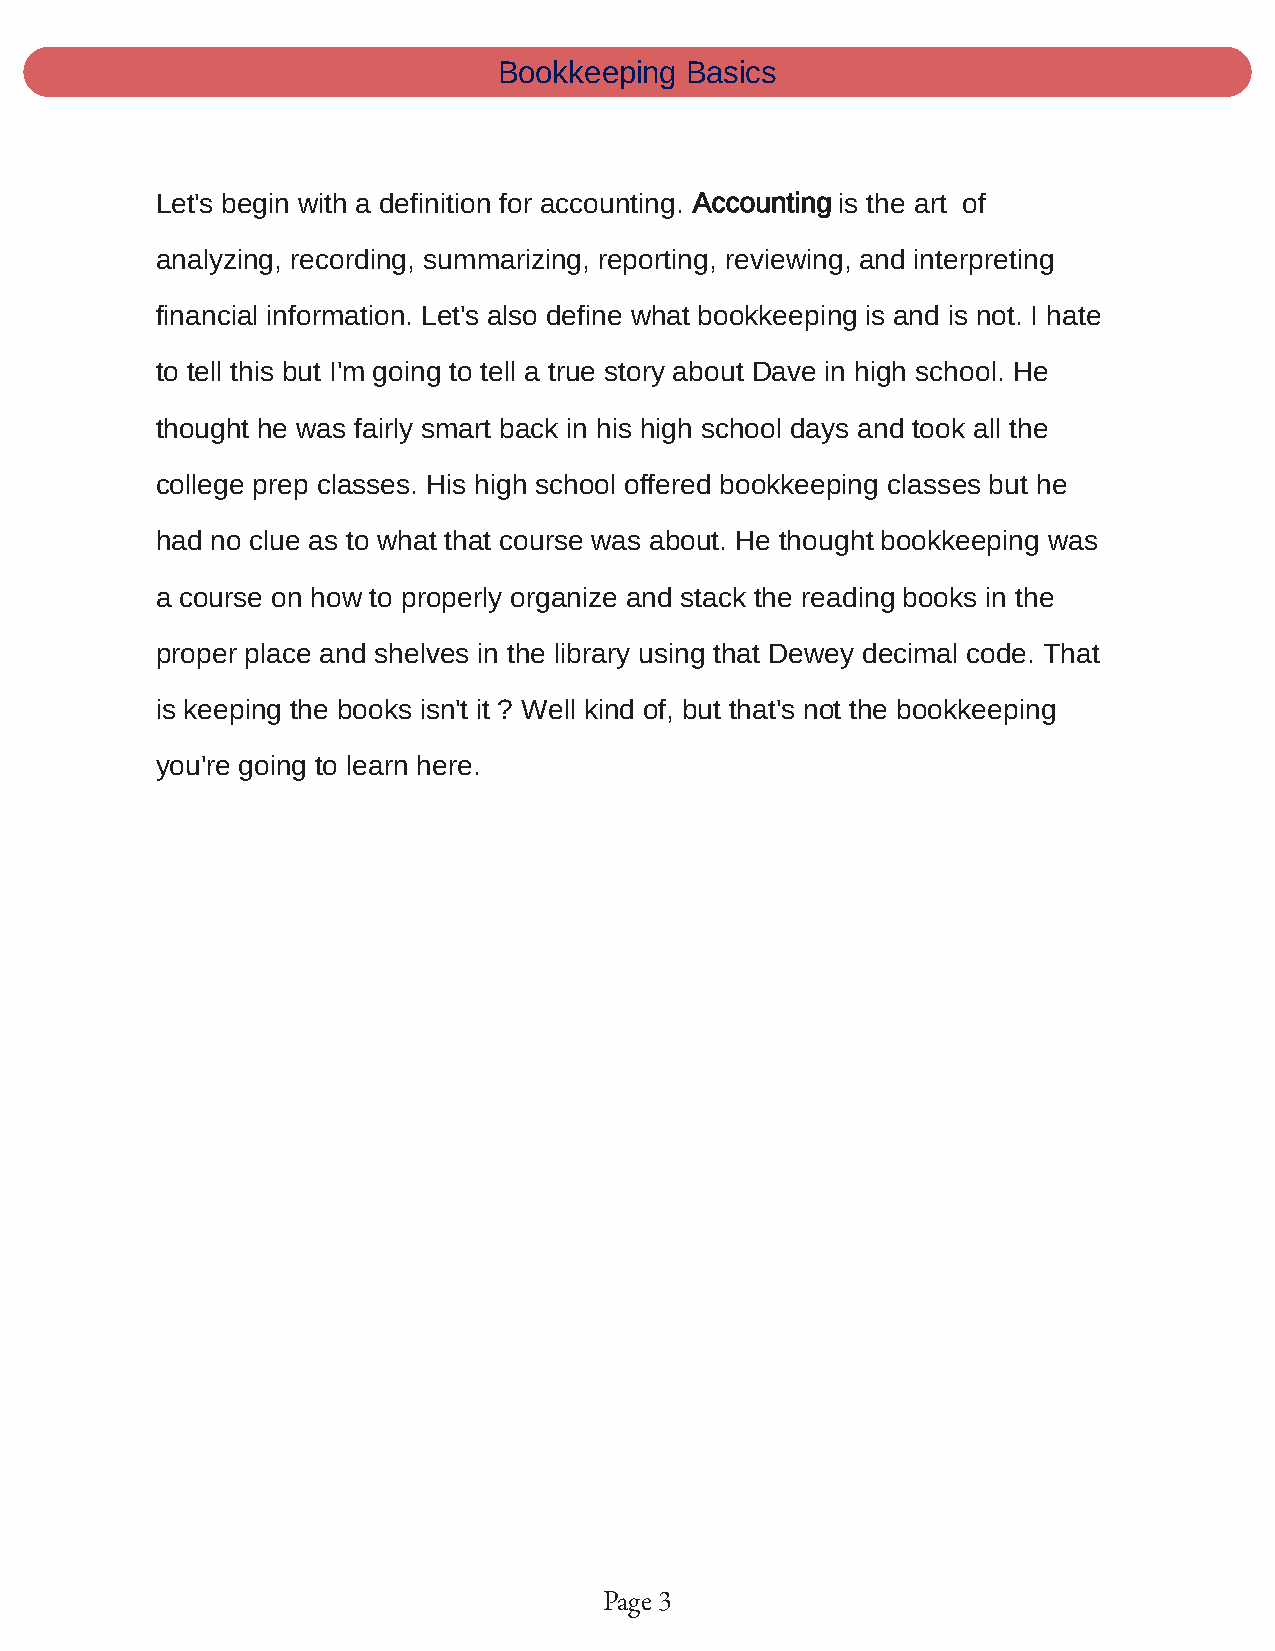
Bookkeeping Basics
 Let's begin with a definition for accounting. Accounting is the art of
 analyzing, recording, summarizing, reporting, reviewing, and interpreting
 financial information. Let's also define what bookkeeping is and is not. I hate
 to tell this but I'm going to tell a true story about Dave in high school. He
 thought he was fairly smart back in his high school days and took all the
 college prep classes. His high school offered bookkeeping classes but he
 had no clue as to what that course was about. He thought bookkeeping was
 a course on how to properly organize and stack the reading books in the
 proper place and shelves in the library using that Dewey decimal code. That
 is keeping the books isn't it ? Well kind of, but that's not the bookkeeping
 you're going to learn here.
 Page 3